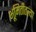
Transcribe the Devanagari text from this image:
भूमितीतल्या